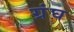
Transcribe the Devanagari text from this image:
ग्रंघ